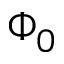
\Phi _ { 0 }